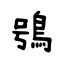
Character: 鴞